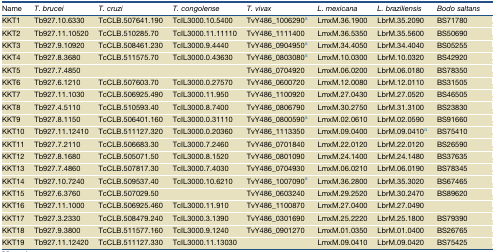
<table><thead><tr><td><b>Name</b></td><td><b><i>T. brucei</i></b></td><td><b><i>T. cruzi</i></b></td><td><b><i>T. congolense</i></b></td><td><b><i>T. vivax</i></b></td><td><b><i>L. mexicana</i></b></td><td><b><i>L. braziliensis</i></b></td><td><b><i>Bodo saltans</i></b></td></tr></thead><tbody><tr><td>KKT1</td><td>Tb927.10.6330</td><td>TcCLB.507641.190</td><td>TcIL3000.10.5400</td><td>TvY486_1006290a</td><td>LmxM.36.1900</td><td>LbrM.35.2090</td><td>BS71780</td></tr><tr><td>KKT2</td><td>Tb927.11.10520</td><td>TcCLB.510285.70</td><td>TcIL3000.11.11110</td><td>TvY486_1111400</td><td>LmxM.36.5350</td><td>LbrM.35.5600</td><td>BS50690</td></tr><tr><td>KKT3</td><td>Tb927.9.10920</td><td>TcCLB.508461.230</td><td>TcIL3000.9.4440</td><td>TvY486_0904950a</td><td>LmxM.34.4050</td><td>LbrM.34.4040</td><td>BS05255</td></tr><tr><td>KKT4</td><td>Tb927.8.3680</td><td>TcCLB.511575.70</td><td>TcIL3000.0.43630</td><td>TvY486_0803080a</td><td>LmxM.10.0300</td><td>LbrM.10.0320</td><td>BS42920</td></tr><tr><td>KKT5</td><td>Tb927.7.4850</td><td></td><td></td><td>TvY486_0704920</td><td>LmxM.06.0200</td><td>LbrM.06.0180</td><td>BS78350</td></tr><tr><td>KKT6</td><td>Tb927.6.1210</td><td>TcCLB.507603.70</td><td>TcIL3000.0.27570</td><td>TvY486_0600720</td><td>LmxM.12.0080</td><td>LbrM.12.0110</td><td>BS31505</td></tr><tr><td>KKT7</td><td>Tb927.11.1030</td><td>TcCLB.506925.490</td><td>TcIL3000.11.950</td><td>TvY486_1100920</td><td>LmxM.27.0430</td><td>LbrM.27.0520</td><td>BS46505</td></tr><tr><td>KKT8</td><td>Tb927.4.5110</td><td>TcCLB.510593.40</td><td>TcIL3000.8.7400</td><td>TvY486_0806790</td><td>LmxM.30.2750</td><td>LbrM.31.3100</td><td>BS23830</td></tr><tr><td>KKT9</td><td>Tb927.8.1150</td><td>TcCLB.506401.160</td><td>TcIL3000.0.31110</td><td>TvY486_0800590a</td><td>LmxM.02.0610</td><td>LbrM.02.0590</td><td>BS91660</td></tr><tr><td>KKT10</td><td>Tb927.11.12410</td><td>TcCLB.511127.320</td><td>TcIL3000.0.20360</td><td>TvY486_1113350</td><td>LmxM.09.0400</td><td>LbrM.09.0410a</td><td>BS75410</td></tr><tr><td>KKT11</td><td>Tb927.7.2110</td><td>TcCLB.506683.30</td><td>TcIL3000.7.2460</td><td>TvY486_0701840</td><td>LmxM.22.0120</td><td>LbrM.22.0120</td><td>BS26590</td></tr><tr><td>KKT12</td><td>Tb927.8.1680</td><td>TcCLB.505071.50</td><td>TcIL3000.8.1520</td><td>TvY486_0801090</td><td>LmxM.24.1400</td><td>LbrM.24.1480</td><td>BS37635</td></tr><tr><td>KKT13</td><td>Tb927.7.4860</td><td>TcCLB.507817.30</td><td>TcIL3000.7.4030</td><td>TvY486_0704930</td><td>LmxM.06.0210</td><td>LbrM.06.0190</td><td>BS78345</td></tr><tr><td>KKT14</td><td>Tb927.10.7240</td><td>TcCLB.509537.40</td><td>TcIL3000.10.6210</td><td>TvY486_1007090a</td><td>LmxM.36.2800</td><td>LbrM.35.3020</td><td>BS67465</td></tr><tr><td>KKT15</td><td>Tb927.6.3760</td><td>TcCLB.507029.50</td><td></td><td>TvY486_0603240</td><td>LmxM.29.2520</td><td>LbrM.30.2470</td><td>BS89620</td></tr><tr><td>KKT16</td><td>Tb927.11.1000</td><td>TcCLB.506925.460</td><td>TcIL3000.11.910</td><td>TvY486_1100870</td><td>LmxM.27.0400</td><td>LbrM.27.0490</td><td></td></tr><tr><td>KKT17</td><td>Tb927.3.2330</td><td>TcCLB.508479.240</td><td>TcIL3000.3.1390</td><td>TvY486_0301690</td><td>LmxM.25.2220</td><td>LbrM.25.1800</td><td>BS79390</td></tr><tr><td>KKT18</td><td>Tb927.9.3800</td><td>TcCLB.511577.160</td><td>TcIL3000.9.1240</td><td>TvY486_0901270</td><td>LmxM.01.0350</td><td>LbrM.01.0400</td><td>BS26765</td></tr><tr><td>KKT19</td><td>Tb927.11.12420</td><td>TcCLB.511127.330</td><td colspan="2">TcIL3000.11.13030</td><td>LmxM.09.0410</td><td>LbrM.09.0420</td><td>BS75425</td></tr></tbody></table>